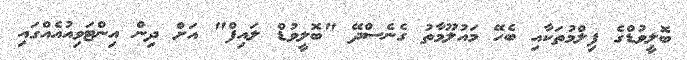
ބޮލީވުޑްގެ ފިލްމުތަކާއި ބެހޭ މައުލޫމާތު ގެނެސްދޭ "ބޮލީވުޑް ލައިފް" އަށް ދިން އިންޓަވިއުއެއްގައި